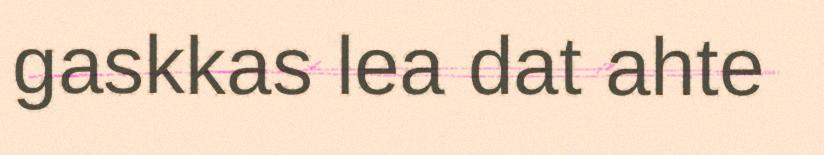
gaskkas lea dat ahte